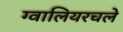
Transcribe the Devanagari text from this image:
ग्वालियरचले